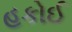
હકોઈ